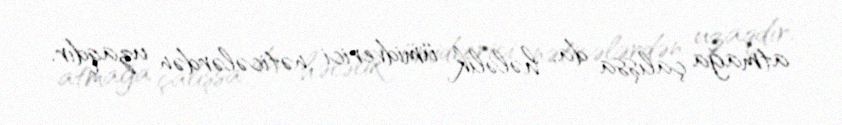
atmağa çalışsa da, hələlik ümidverici nəticələrdən uzaqdır.